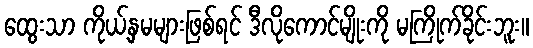
ထွေးသာ ကိုယ့်နှမများဖြစ်ရင် ဒီလိုကောင်မျိုးကို မကြိုက်ခိုင်းဘူး။